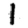
Digit: 1